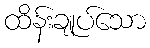
ထိန်းချုပ်သော